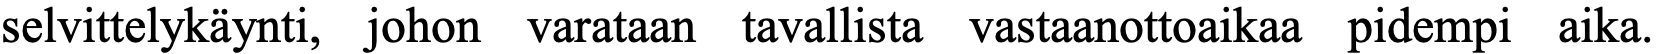
selvittelykäynti, johon varataan tavallista vastaanottoaikaa pidempi aika.